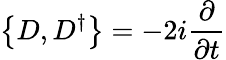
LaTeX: \left\{ D,D^{\dagger}\right\} =-2i{\frac{\partial}{\partial t}}